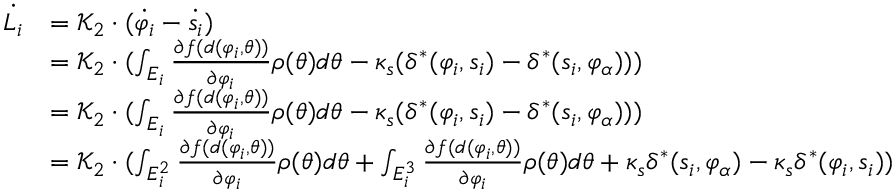
\begin{array} { r l } { \dot { L _ { i } } } & { = \mathcal { K } _ { 2 } \cdot ( \dot { \varphi _ { i } } - \dot { s _ { i } } ) } \\ & { = \mathcal { K } _ { 2 } \cdot ( \int _ { E _ { i } } { \frac { \partial f ( d ( \varphi _ { i } , \theta ) ) } { \partial \varphi _ { i } } \rho ( \theta ) d \theta } - \kappa _ { s } ( \delta ^ { * } ( \varphi _ { i } , s _ { i } ) - \delta ^ { * } ( s _ { i } , \varphi _ { \alpha } ) ) ) } \\ & { = \mathcal { K } _ { 2 } \cdot ( \int _ { E _ { i } } { \frac { \partial f ( d ( \varphi _ { i } , \theta ) ) } { \partial \varphi _ { i } } \rho ( \theta ) d \theta } - \kappa _ { s } ( \delta ^ { * } ( \varphi _ { i } , s _ { i } ) - \delta ^ { * } ( s _ { i } , \varphi _ { \alpha } ) ) ) } \\ & { = \mathcal { K } _ { 2 } \cdot ( \int _ { E _ { i } ^ { 2 } } { \frac { \partial f ( d ( \varphi _ { i } , \theta ) ) } { \partial \varphi _ { i } } \rho ( \theta ) d \theta } + \int _ { E _ { i } ^ { 3 } } { \frac { \partial f ( d ( \varphi _ { i } , \theta ) ) } { \partial \varphi _ { i } } \rho ( \theta ) d \theta } + \kappa _ { s } \delta ^ { * } ( s _ { i } , \varphi _ { \alpha } ) - \kappa _ { s } \delta ^ { * } ( \varphi _ { i } , s _ { i } ) ) } \end{array}